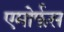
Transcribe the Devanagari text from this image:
एमोर्फस